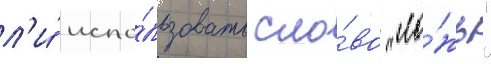
л'и́ испо́льзовать сло́во "ло́жь"